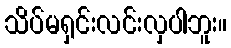
သိပ်မရှင်းလင်းလှပါဘူး။